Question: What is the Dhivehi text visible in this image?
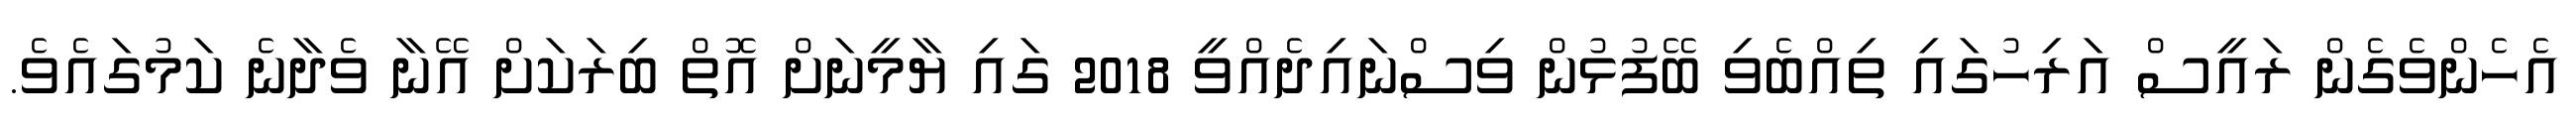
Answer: އެހެންވެގެން ރައީސް އަރިހުގައި ތިއްބެވި ބޭފުޅުން ވިސްނައިދެއްވީ 2018 ގައި ޔާމީނަށް އޮތް ބިރަކަށް އޭނާ ވެދާނެ ކަމުގައެވެ.